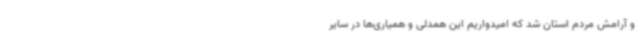
و آرامش مردم استان شد که امیدواریم این همدلی و همیاری‌ها در سایر